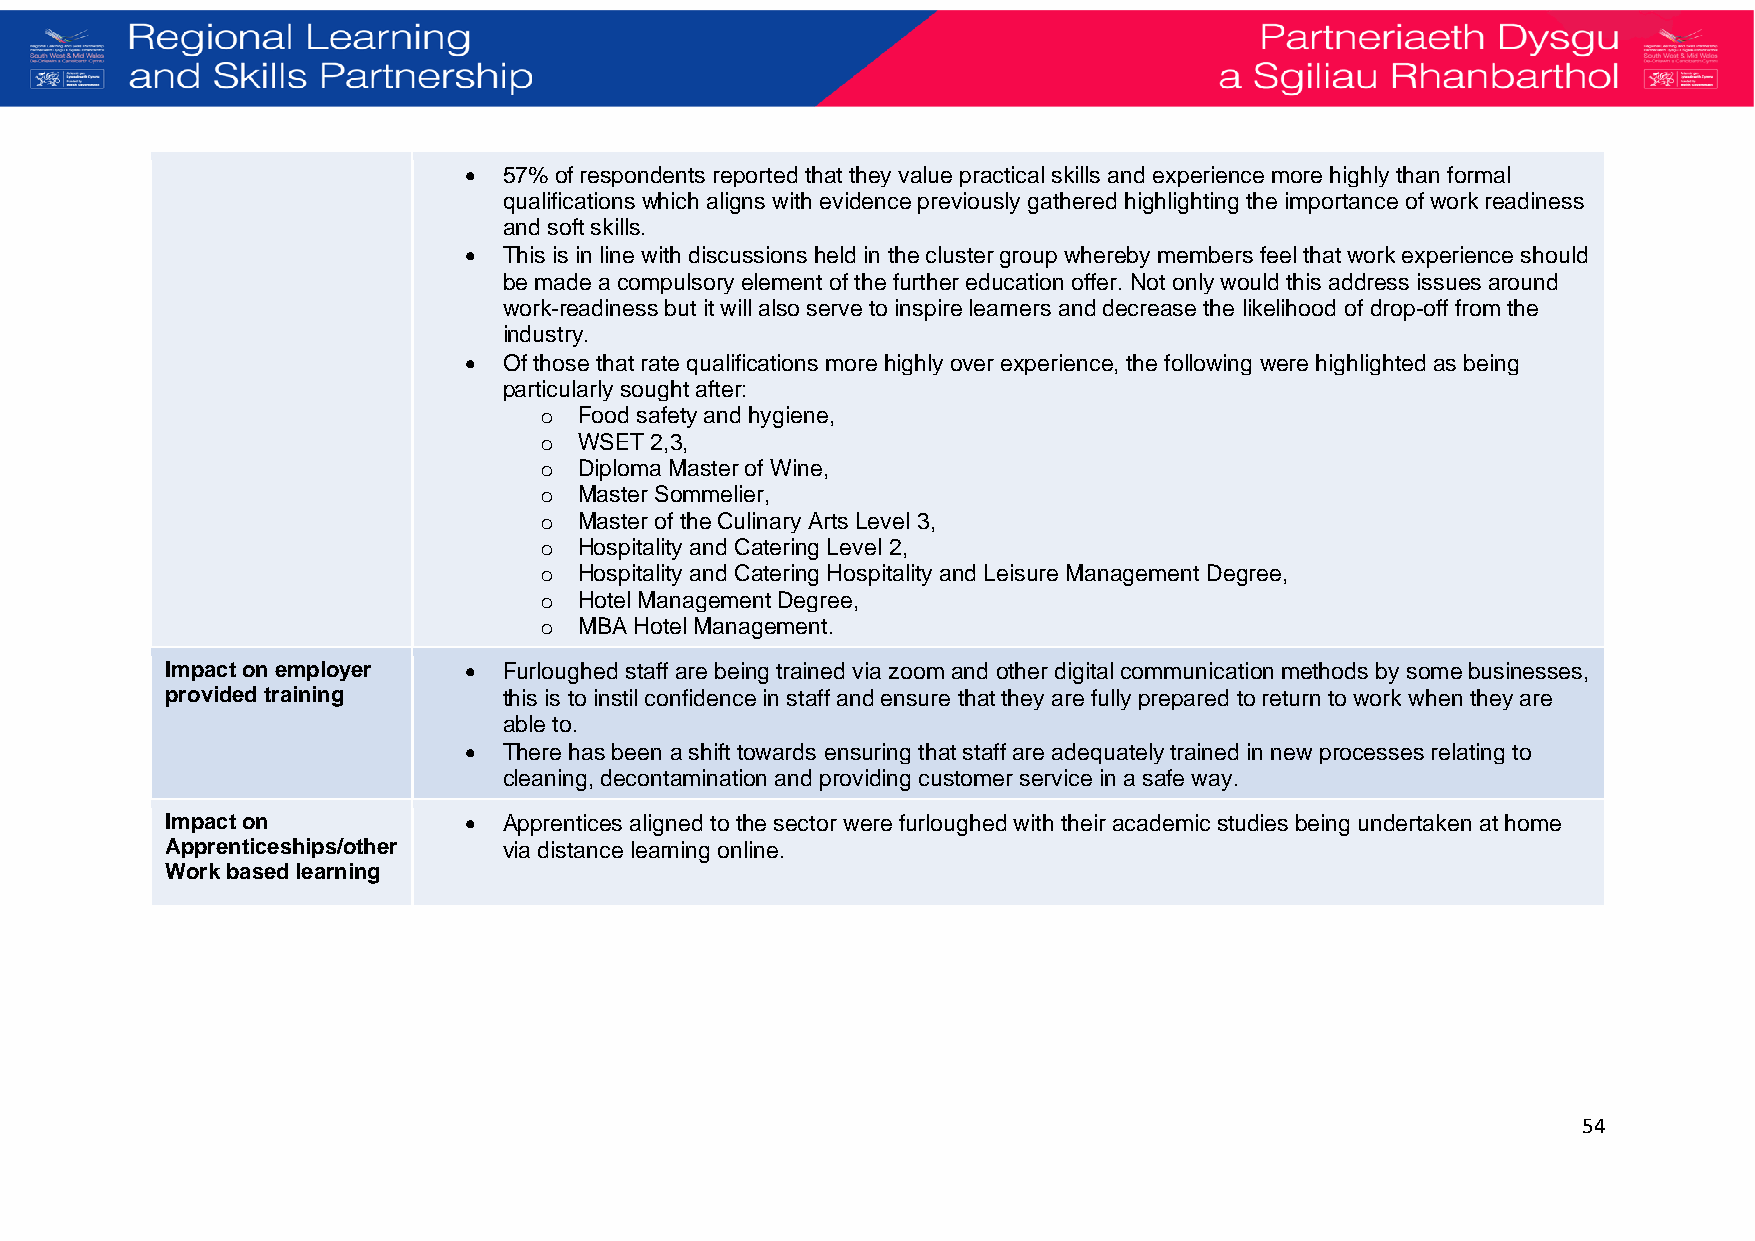
• 57% of respondents reported that they value practical skills and experience more highly than formal
 qualifications which aligns with evidence previously gathered highlighting the importance of work readiness
 and soft skills.
 • This is in line with discussions held in the cluster group whereby members feel that work experience should
 be made a compulsory element of the further education offer. Not only would this address issues around
 work-readiness but it will also serve to inspire learners and decrease the likelihood of drop-off from the
 industry.
 • Of those that rate qualifications more highly over experience, the following were highlighted as being
 particularly sought after:
 o Food safety and hygiene,
 o WSET 2,3,
 o Diploma Master of Wine,
 o Master Sommelier,
 o Master of the Culinary Arts Level 3,
 o Hospitality and Catering Level 2,
 o Hospitality and Catering Hospitality and Leisure Management Degree,
 o Hotel Management Degree,
 o MBA Hotel Management.
 Impact on employer  • Furloughed staff are being trained via zoom and other digital communication methods by some businesses,
 provided training     this is to instil confidence in staff and ensure that they are fully prepared to return to work when they are
 able to.
 • There has been a shift towards ensuring that staff are adequately trained in new processes relating to
 cleaning, decontamination and providing customer service in a safe way.
 Impact on           • Apprentices aligned to the sector were furloughed with their academic studies being undertaken at home
 Apprenticeships/othe r via distance learning online.
 Work based learning
 54